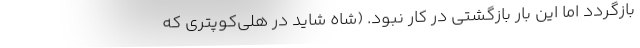
بازگردد اما این بار بازگشتی در کار نبود. (شاه شاید در هلی‌کوپتری که